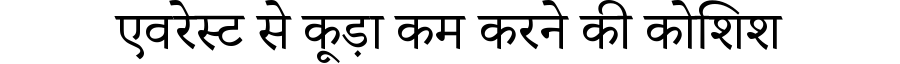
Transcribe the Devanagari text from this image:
एवरेस्ट से कूड़ा कम करने की कोशिश